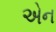
એન